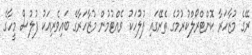
ރޭގެ މުޒާހަރާ ކޮންޓްރޯލްކުރުމުގެ ތެރޭގައި ފުލުހަކު ވެއްޓުމުން މުޒާހަރާގެ ބައިވެރިއަކު ފުލުސް މީހާގެ